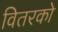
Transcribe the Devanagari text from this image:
वितरको